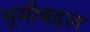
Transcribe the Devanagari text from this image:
भूमीबद्दल